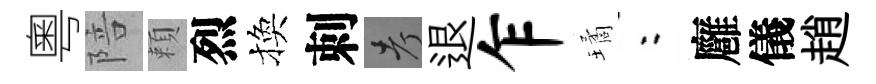
粵陪頼烈換刺考退乍璚欸廱儀趙